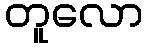
တူလော